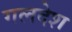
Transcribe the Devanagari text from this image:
गलदेश